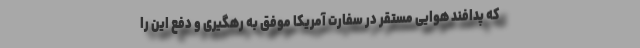
که پدافند هوایی مستقر در سفارت آمریکا موفق به رهگیری و دفع این را